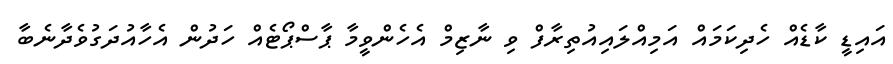
އައިޑީ ކާޑެއް ހެދިކަމައް އަމިއްލައިއުތިރާފް ވި ނާޒިމް އެހެންވީމާ ޕާސްޕޯޓެއް ހަދުން އެހާއުދަގުވެދާނެބާ